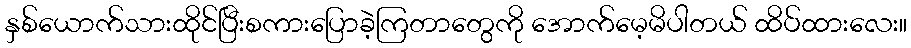
နှစ်ယောက်သားထိုင်ပြီးစကားပြောခဲ့ကြတာတွေကို အောက်မေ့မိပါတယ် ထိပ်ထားလေး။